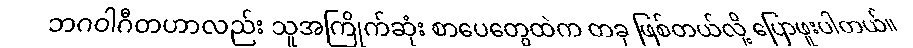
ဘဂဝါဂီတဟာလည်း သူအကြိုက်ဆုံး စာပေတွေထဲက တခု ဖြစ်တယ်လို့ ပြောဖူးပါတယ်။